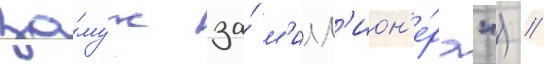
за́муж за́ м'илл'ион'е́ра") /